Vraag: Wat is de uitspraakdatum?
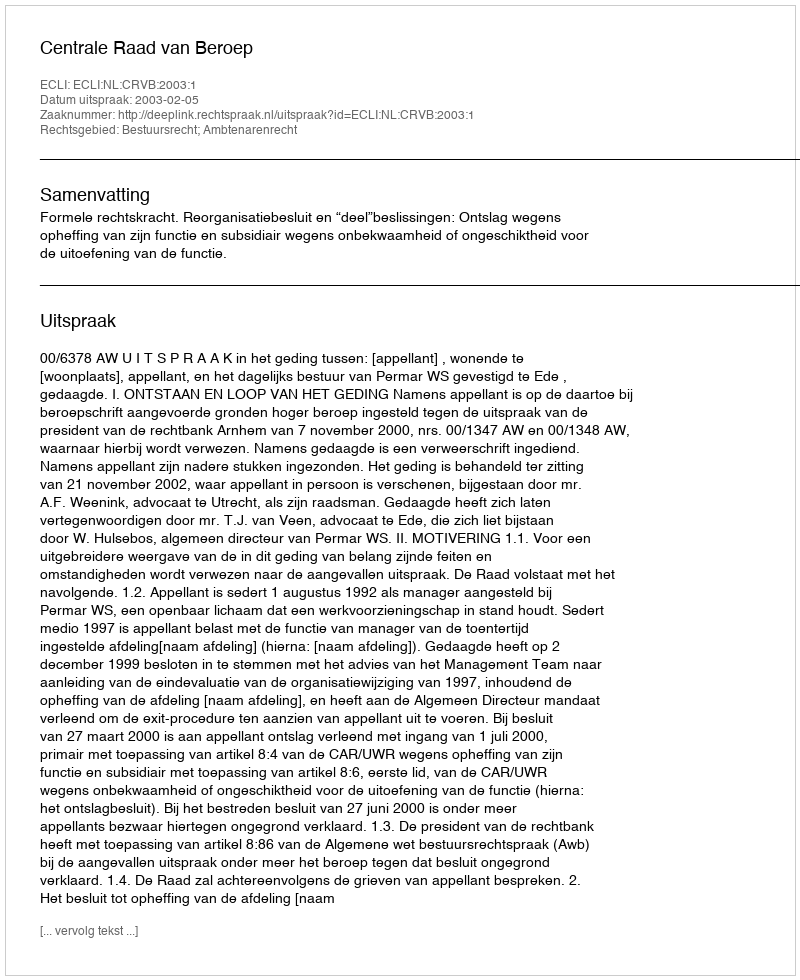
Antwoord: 2003-02-05